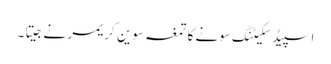
اسپیڈ سکیٹنگ سونے کا تمغہ سوین کریمر نے جیتا ۔